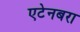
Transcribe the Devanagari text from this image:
एटेनबरा